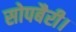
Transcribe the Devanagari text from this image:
सोपबैरी।